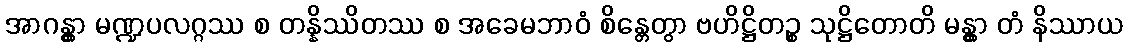
အာဂန္တွာ မဏ္ဍပလဂ္ဂဿ စ တန္နိဿိတဿ စ အခေမဘာဝံ စိန္တေတွာ ဗဟိဋ္ဌိတဉ္စ သုဋ္ဌိတောတိ မန္တွာ တံ နိဿာယ